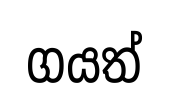
ගයත්